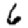
Digit: 6